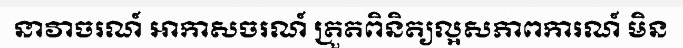
នាវាចរណ៍ អាកាសចរណ៍ ត្រួតពិនិត្យល្អសភាពការណ៍ មិន